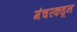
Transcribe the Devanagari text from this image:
मंचरकडून